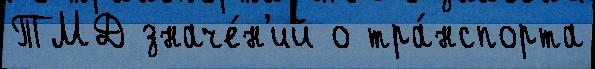
ТМД значе́н'ий о тра́нспорта